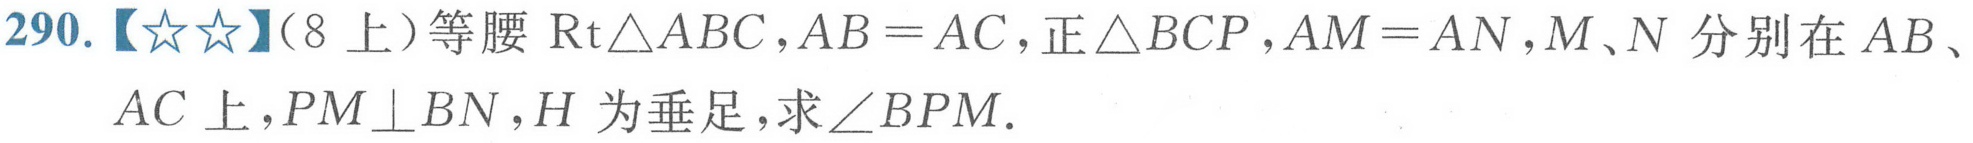
290.【★★】（8上）等腰\(\mathrm{Rt}\triangle ABC\)，\(AB = AC\)，正\(\triangle BCP\)，\(AM = AN\)，\(M、N\)分别在\(AB\)、\(AC\)上，\(PM\perp BN\)，\(H\)为垂足，求\(\angle BPM\).